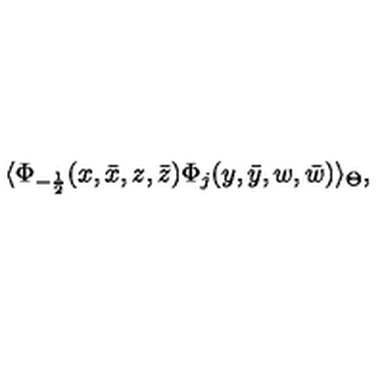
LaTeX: \langle \Phi _ { - \frac { 1 } { 2 } } ( x , \bar { x } , z , \bar { z } ) \Phi _ { j } ( y , \bar { y } , w , \bar { w } ) \rangle _ { \Theta } ,